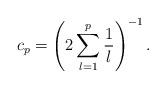
LaTeX: \begin{align*}c_p=\left(2\sum_{l=1}^p\frac{1}{l}\right)^{-1} .\end{align*}